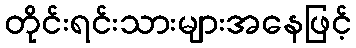
တိုင်းရင်းသားများအနေဖြင့်